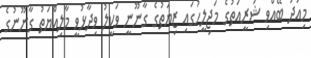
މިއަދު ބޭއްވި ޝަރީއަތުގެ މަޖިލީހުގައި ޒިޔަތުގެ ގާނޫނީ ވަކީލު ވިދާޅުވީ މާލިއްޔަތު ގާނޫނުގެ